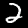
Label: 2